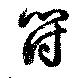
符